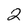
Character: 2